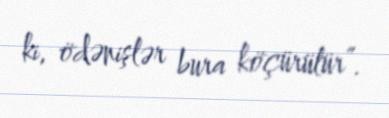
ki, ödənişlər bura köçürülür”.